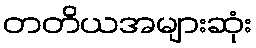
တတိယအများဆုံး